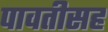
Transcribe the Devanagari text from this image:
पावतीसह